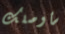
سأوصلك